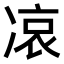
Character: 𠗪